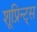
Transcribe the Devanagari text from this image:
शूप्रिन्ट्स